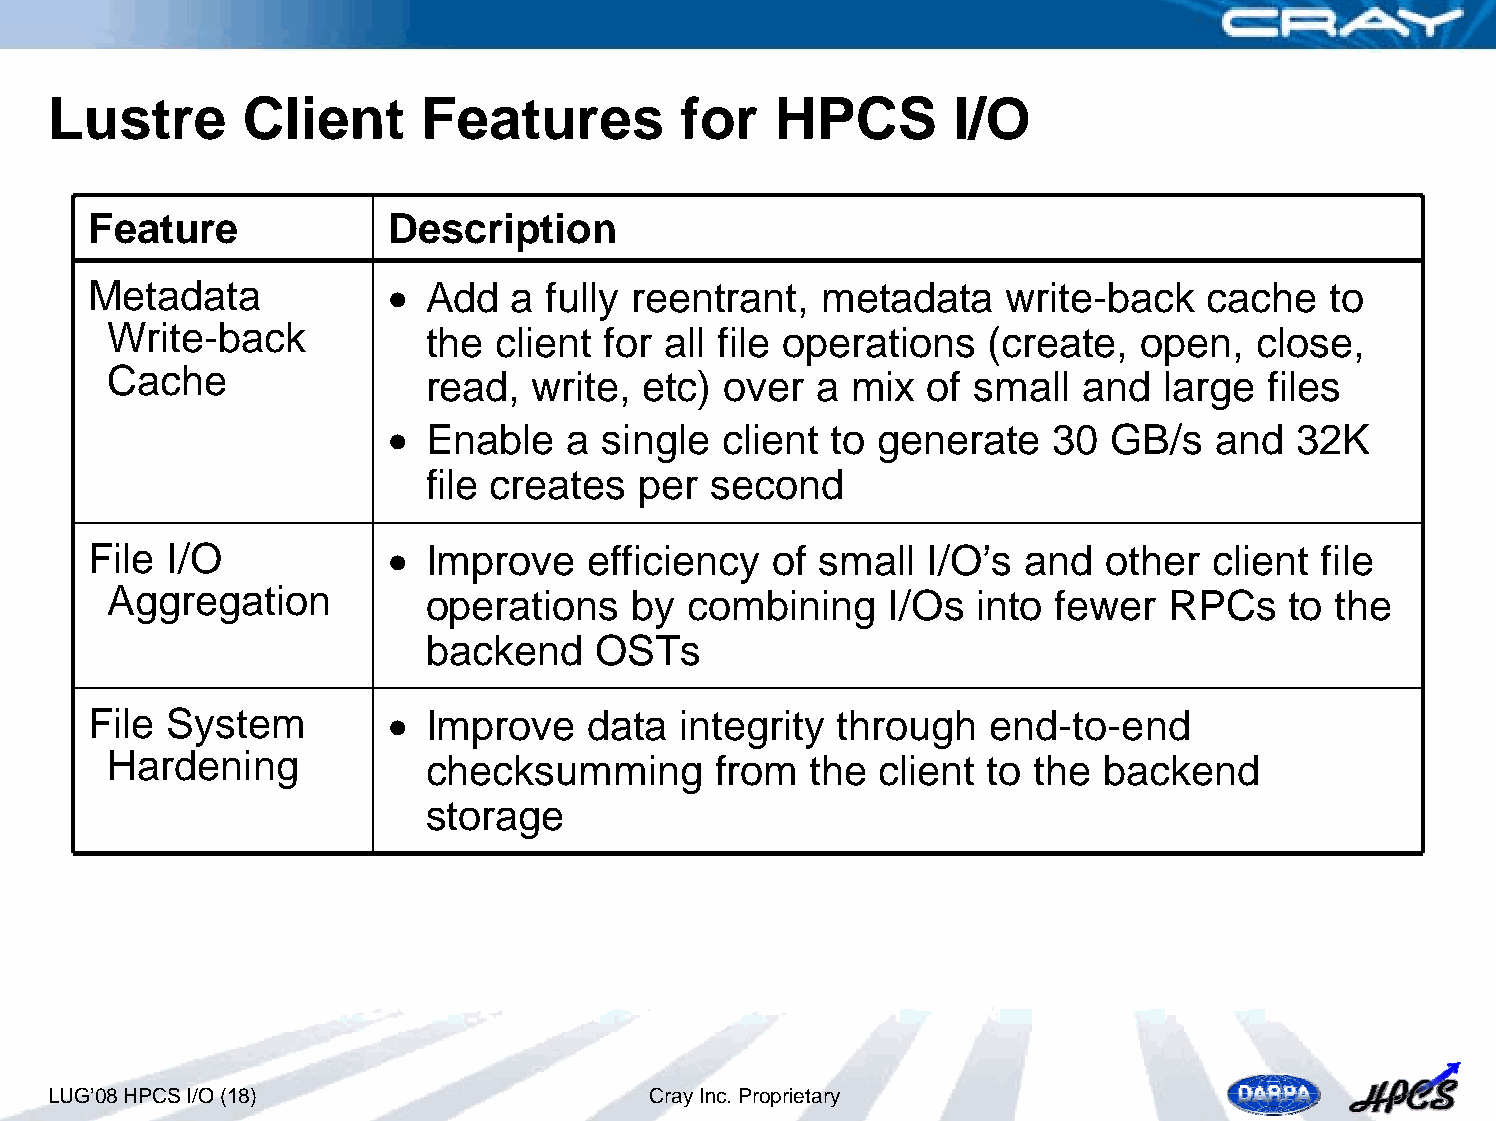
Lustre       Client      Features         for   HPCS        I/O
 Feature             Description
 Metadata            • Add   a fully reentrant,  metadata     write-back   cache   to
 Write-back           the  client for all file operations   (create,  open,  close,
 Cache
 read,  write,  etc) over  a mix  of  small  and  large  files
 • Enable    a single  client to generate    30  GB/s   and  32K
 file creates  per  second
 File I/O            • Improve    efficiency  of small   I/O’s and  other  client  file
 Aggregation          operations    by  combining    I/Os  into fewer  RPCs    to the
 backend    OSTs
 File System         • Improve    data  integrity  through   end-to-end
 Hardening            checksumming       from   the client to  the backend
 storage
 LUG’08 HPCS I/O (18)                    Cray Inc. Proprietary